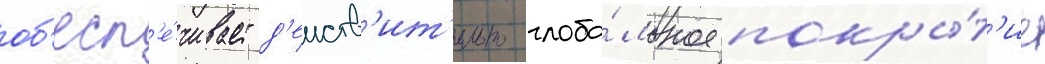
об'есп'е́чивает д'еиств'ит'ельно глоба́льное покры́т'ие